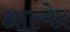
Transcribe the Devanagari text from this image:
आल्मेद